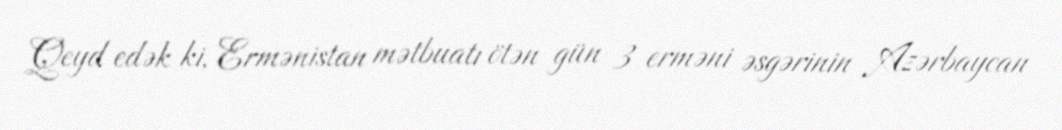
Qeyd edək ki, Ermənistan mətbuatı ötən gün 3 erməni əsgərinin Azərbaycan